Annual report of the Imperial Bacteriologist
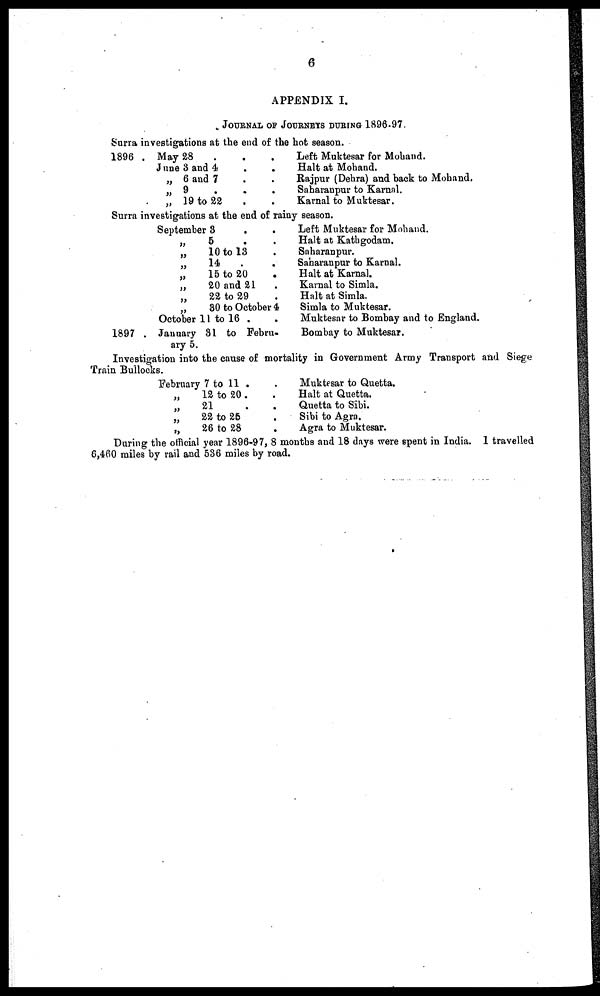
6
APPENDIX I.
JOURNAL OF JOURNEYS DURING 1896-97.
Surra investigations at the end of the hot season.
1896 . May 28
.
June 3 and 4 .
„ 6 and 7 .
„ 9 .
„ 19 to 22 .
.
Left Muktesar for Mohand.
. Halt at Mohand.
. Rajpur (Dehra) and back to Mohand.
.
Saharanpur to Karnal.
. Karnal to Muktesar.
Surra investigations at the end of rainy season.
September
3
.
.
„
„
„
„
„
„
„
October
1897 . January
ary 5.
5
10 to 13
14
.
15 to 20
20 and 21
22 to 29
30 to October 4
11 to 16 .
.
31 to Febru¬
Left Muktesar for Mohand.
Halt at Kathgodam.
Saharanpur.
Saharanpur to Karnal.
Halt at Karnal.
Karnal to Simla.
Halt at Simla.
Simla to Muktesar.
Muktesar to Bombay and to England.
Bombay to Muktesar.
Investigation into the cause of mortality in Government Army Transport and Siege
Train Bullocks.
February 7 to 11 .
„
12 to 20.
„
21
„
22 to 25
„
26 to 28
Muktesar to Quetta.
Halt at Quetta.
.
Quetta to Sibi.
.
Sibi to Agra.
.
Agra to Muktesar.
During the official year 1896-97, 8 months and 18 days were spent in India. I travelled
6,460 miles by rail and 536 miles by road.